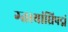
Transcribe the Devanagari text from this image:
ग्तस्यांघ्रिपद्मं